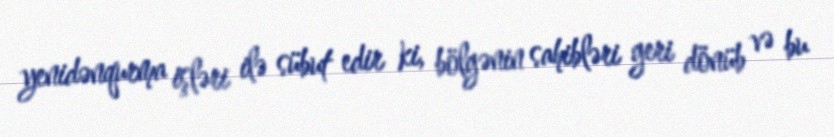
yenidənqurma işləri ilə sübut edir ki, bölgənin sahibləri geri dönüb və bu